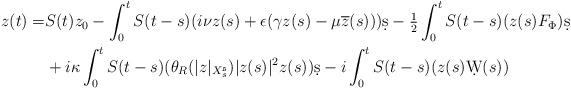
LaTeX: \begin{align*} z(t)=&S(t)z_0-\int_0^t S(t-s)(i\nu z(s) +\epsilon(\gamma z(s) -\mu \overline{z}(s)))\d s-\tfrac{1}{2}\int_0^t S(t-s)(z(s)F_\Phi )\d s \\ &+i \kappa \int_0^t S(t-s)(\theta_R(|z|_{X^{\mathfrak{s}}_s})|z(s)|^2z(s))\d s-i\int_0^t S(t-s)(z(s)\d W(s))\end{align*}